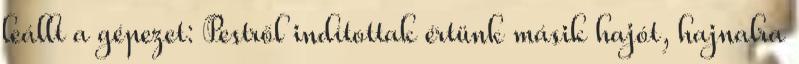
leállt a gépezet: Pestről indítottak értünk másik hajót, hajnalra